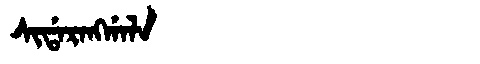
Manchu: ᠰᡳᡩᠠᡵᠠᠩᡤᠠᠯᠠ
Romanization: SIDARANGGALA